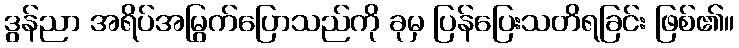
ဒွန်ညာ အရိပ်အမြွက်ပြောသည်ကို ခုမှ ပြန်ပြေးသတိရခြင်း ဖြစ်၏။